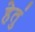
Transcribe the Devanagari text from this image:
हेतुं